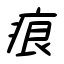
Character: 痕